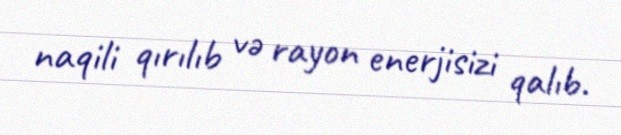
naqili qırılıb və rayon enerjisizi qalıb.